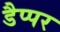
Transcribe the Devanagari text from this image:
डैप्पर